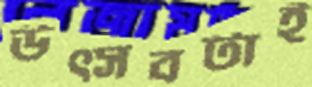
উত্সবটাই